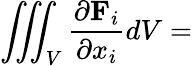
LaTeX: \iiint_{V}{\frac{\partial\mathbf{F}_{i}}{\partial x_{i}}}dV=